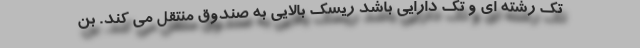
تک رشته ای و تک دارایی باشد ریسک بالایی به صندوق منتقل می کند. بن